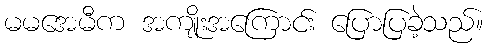
မမအေမီက အကျိုးအကြောင်း ပြောပြခဲ့သည်။